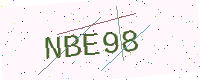
Text: NBE98